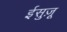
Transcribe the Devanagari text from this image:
ईसुज़ू